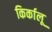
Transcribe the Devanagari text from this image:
किर्कालू